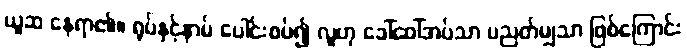
ယူဆ နေရာ၏။ ရုပ်နှင့်နာမ် ပေါင်းစပ်၍ လူဟု ခေါ်ဝေါ်အပ်သာ ပညတ်မျှသာ ဖြစ်ကြောင်း